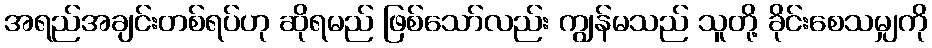
အရည်အချင်းတစ်ရပ်ဟု ဆိုရမည် ဖြစ်သော်လည်း ကျွန်မသည် သူတို့ ခိုင်းစေသမျှကို